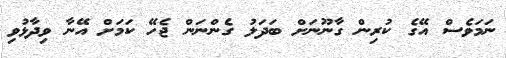
ނަމަވެސް އޭގެ ކުރިން ގާނޫނަށް ބަދަލު ގެންނަން ޖެހޭ ކަމަށް އޭނާ ވިދާޅުވި